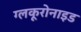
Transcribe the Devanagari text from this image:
ग्लकूरोनाइड